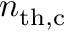
n _ { \mathrm { t h , c } }